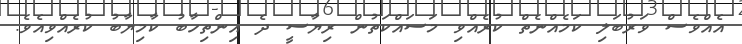
އެއްވެސް ވަރުބަލި ކަމެއްނެތް ކުރެއްވި މަސައްކަތުން ރިޔާސީ ދެ އިންތިހާބު ކާމިޔާބު ކުރެއްވިއެވެ.